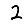
Digit: 2